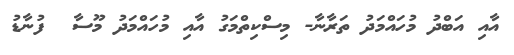
އާއި އަބްދު މުހައްމަދު ތަރާނާ- މިސްކިތްމަގު އާއި މުހައްމަދު މޫސާ  ފުނާޑު